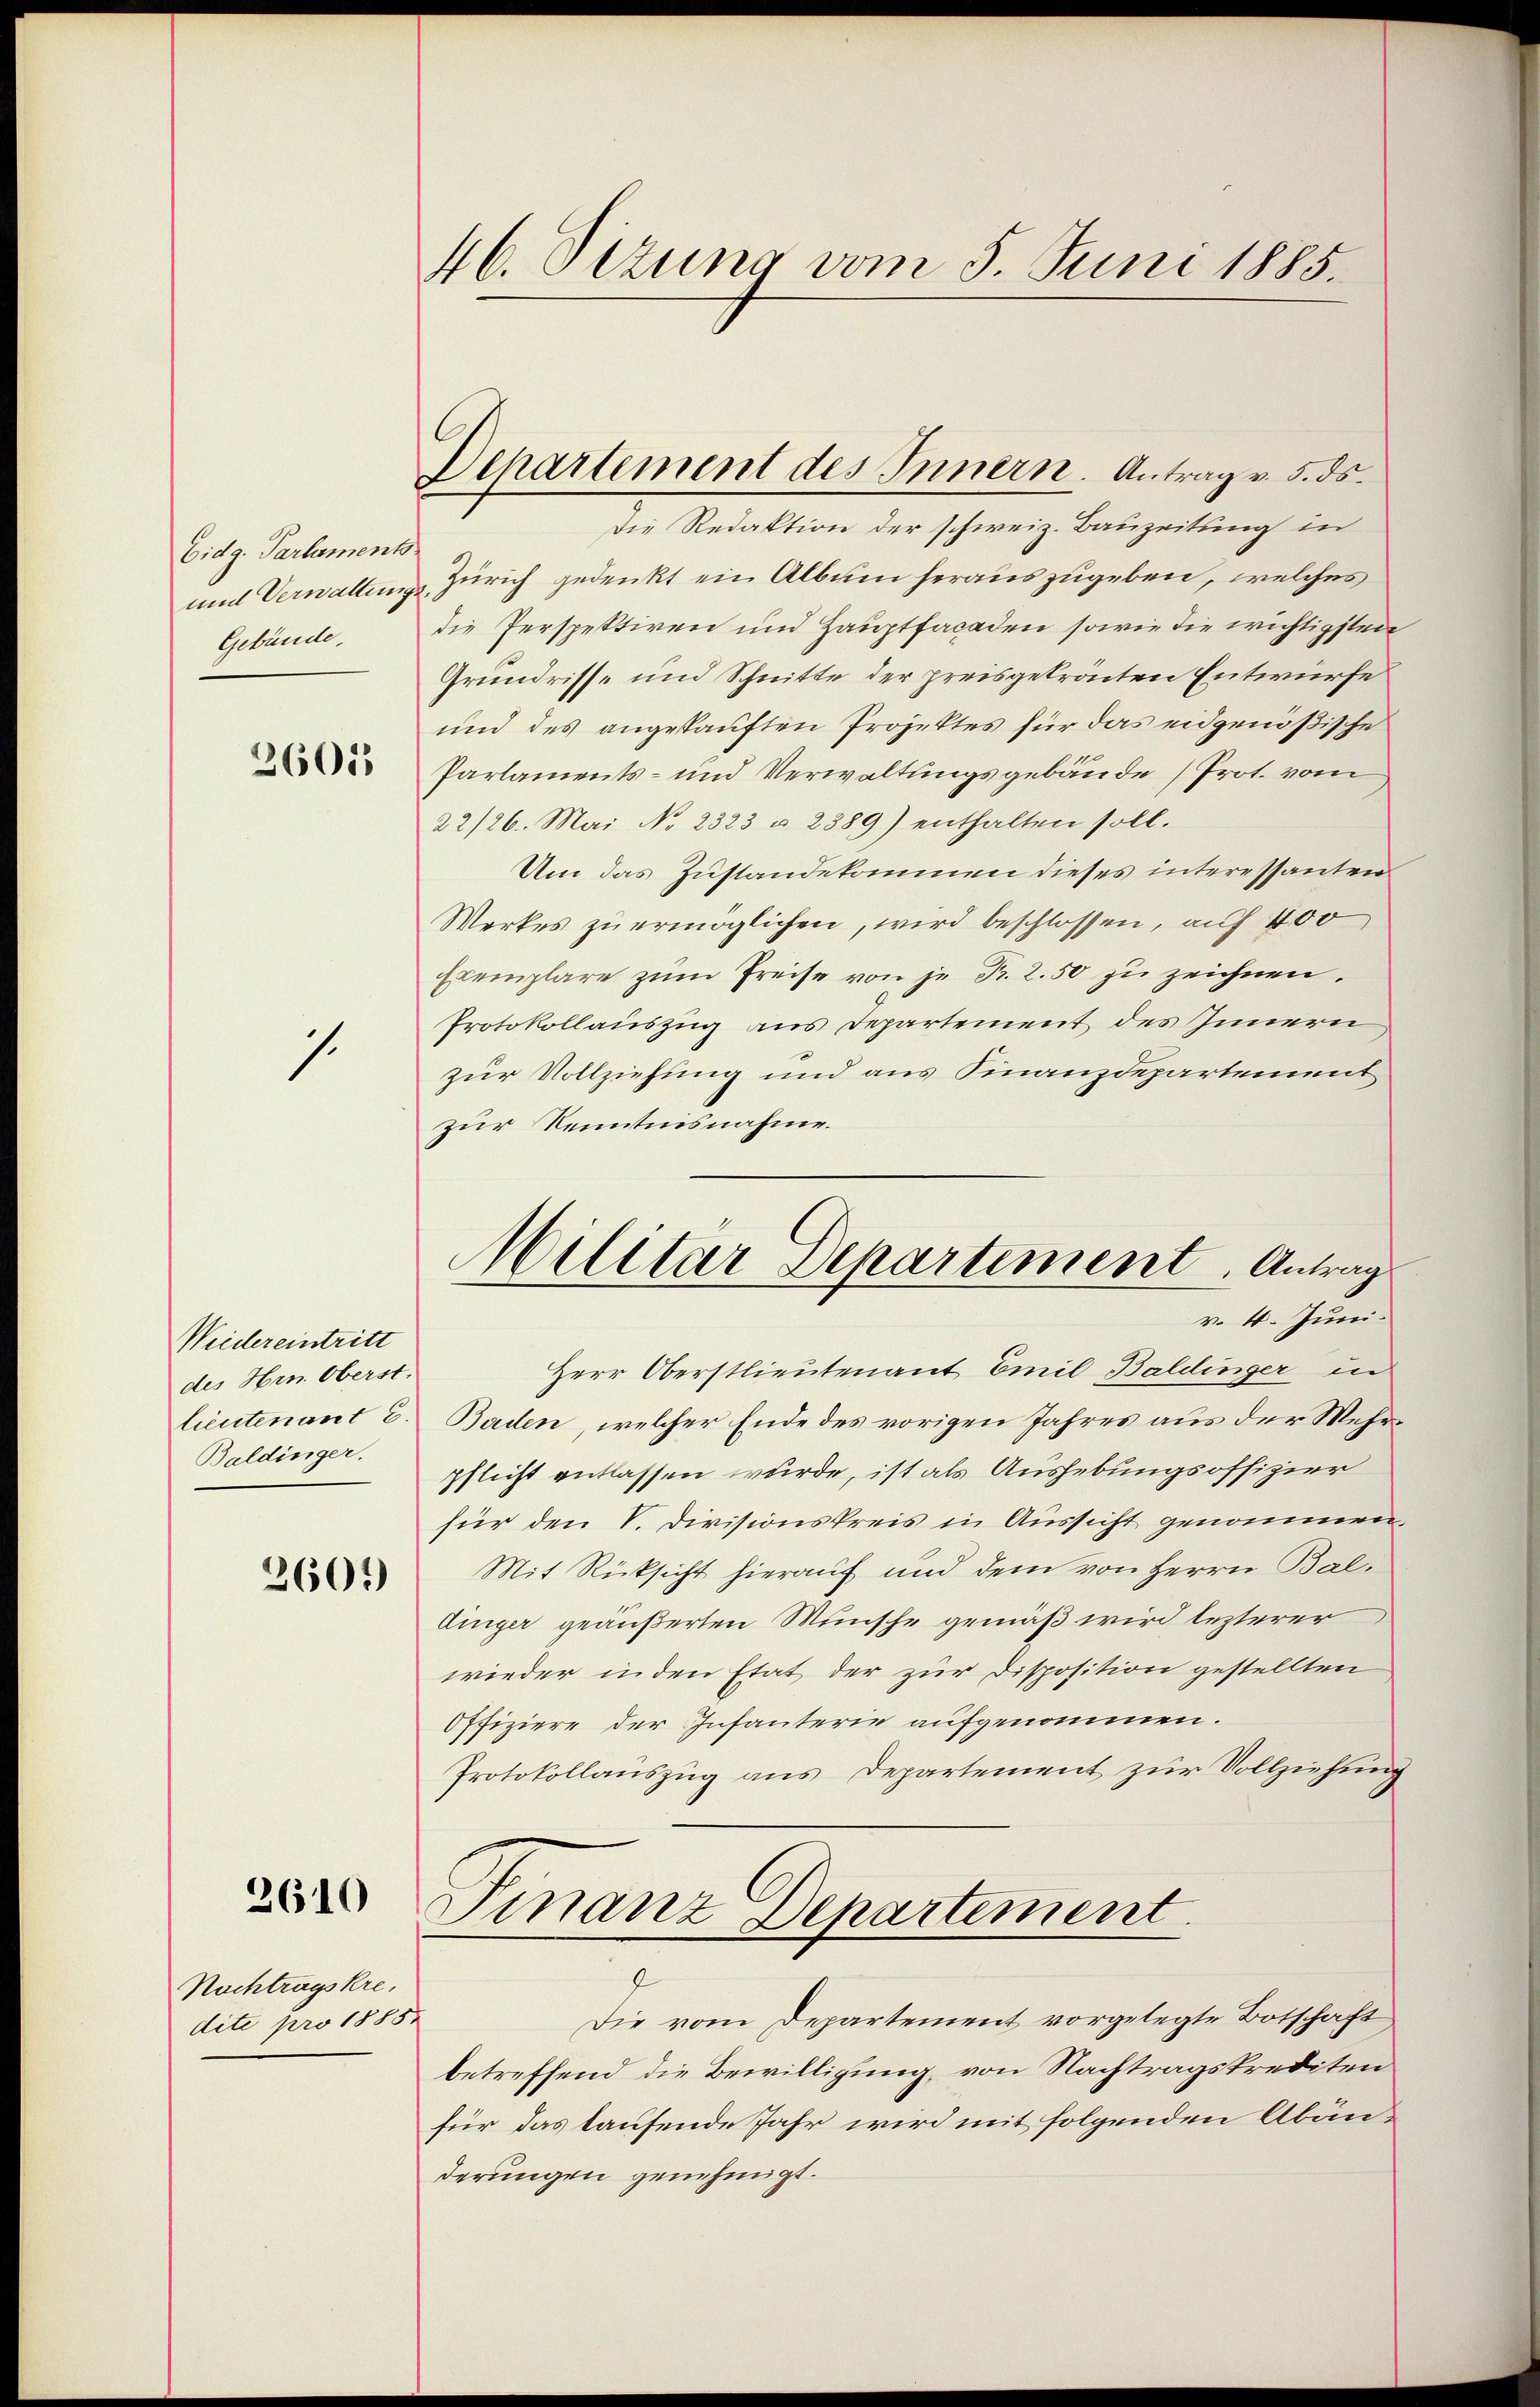
Eidg. Parlaments
und Verwaltung
Gebäude.

2601

1.

Weidereintritt
des Hrn. Oberst.
Baldinger.

2601)

2610

Nachtragskre,
dite pro 1885.

46. Dezung vom 5. Juni 1885.

Departement des Innern. Antrag v. 5. ds.

Die Redaktion der schweiz. Bauzeitung in
Zürich gedenkt ein Album herauszugeben, welches
die Perspektiren und Hauptfacaden sowie die wichtigsten
Grundrisse und Schnitte der preisgetrönten Entwürfe
und des angekauften Projektes für das eidgenößische
Parlaments- und Verwaltungsgebäude (Prot. vom
22/26. Mai No 2323 u. 2389) enthalten soll.
Um das Zustandekommen dieses interessanten
Werkes zŭ ermöglichen, wird beschlossen, auf 400
Exemplare zŭm Preise von je Fr. 2.50 zu zeichnen.
Protokollauszug aus Departement des Innern
zur Vollziehung und aus Finanzdepartement
zur Kenntnisnahme.
Herr Oberstlieutenant Emil Baldinger in
lieutenant E. Baden, welcher Ende des vorigen Jahres aus der Wehrpflicht entlassen wurde, ist als Aushebungsoffizier
für den V. Divisionskreis in Aussicht genommen,
Mit Rücksicht hierauf und dem von Herrn Baldinger geäußerten Wunsche gemäß wird lezterer
wieder in den Etat der zur Disposition gestellten
Offiziere der Infanterie aufgenommen.
Protokollauszug aus Departement zur Vollziehung
Finanz Departement.
Die vom Departement vorgelegte Botschaft
betreffend die Bewilligung, von Nachtragskrediten
für das taufende Jahr wird mit folgenden Abänderungen genehmigt.

Militar Departement. Antrag
v. 4. Juni.